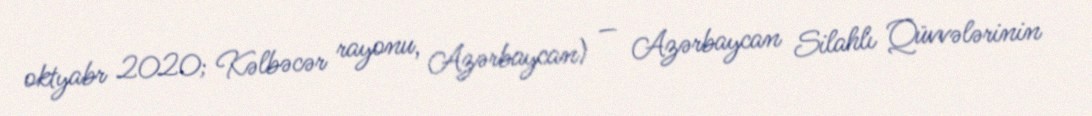
oktyabr 2020; Kəlbəcər rayonu, Azərbaycan) — Azərbaycan Silahlı Qüvvələrinin